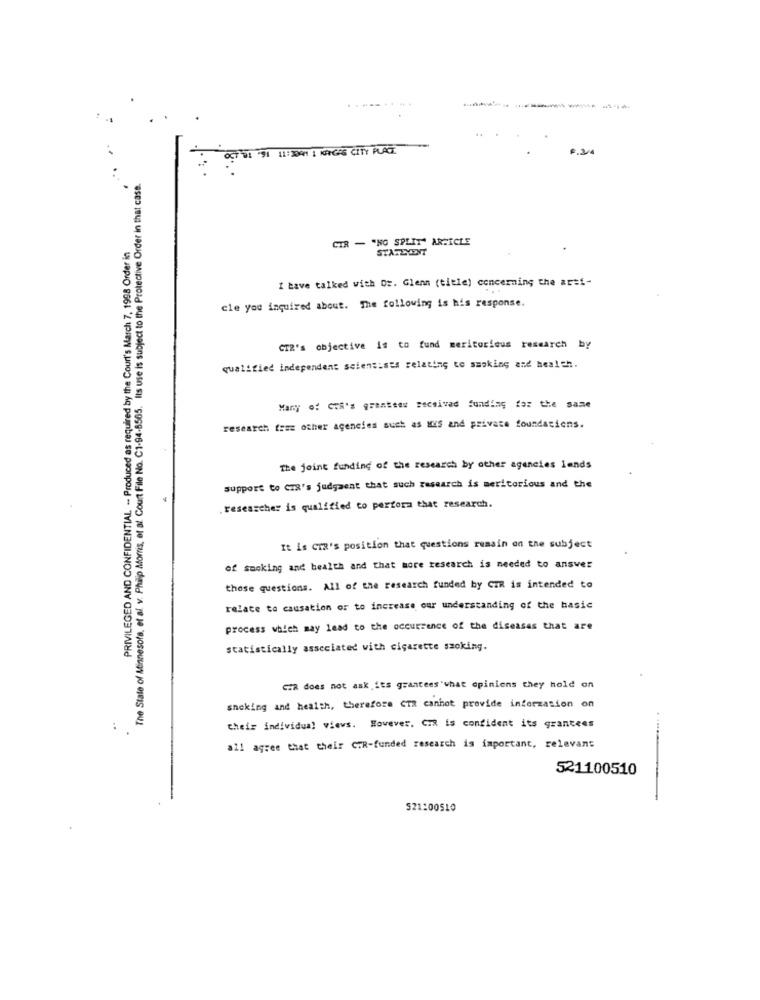
OCT 01 91 11: 3091 1 KONGAS CITY PLACE
The State of Minnesota, et al. v. Philip Morris, et al. Court File No. C1-94-8565. Its use is subject to the Protective Order in that case.
PRIVILEGED AND CONFIDENTIAL .- Produced as required by the Court's March 7, 1998 Order in
CIR - "NO SPLIT" ARTICLE
STATEMENT
I tave talked with Dr. Glenn (title) concerning the arti-
cle you inquired about. The following is his response.
CTR's objective is to fund meritorious research by
qualified independent scientists relating to smoking and health.
Many of CTA's grantees received funding for the same
research free other agencies such as aus and private foundations.
The joint funding of the research by other agencies lends
support to CIR's judgment that such research is meritorious and the
researcher is qualified to perfora that research.
It is CrR's position that questions remain on the subject
of smoking and health and that more research is needed to answer
those questions. All of the research funded by CIR is intended to
relate to causation or to increase our understanding of the basic
process which may lead to the occurrence of the diseases that are
statistically associated with cigarette smoking.
GR does not ask its grantees what opinions they hold on
snoking and health, therefore CTR canhot provide information on
Cheis individual views. However. CI is confident its grantees
all agree that their CTR-funded research is important, relevant
521100510
521:00510